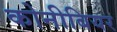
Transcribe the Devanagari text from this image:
कोनीबियर